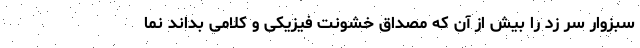
سبزوار سر زد را بیش از آن که مصداق خشونت فیزیکی و کلامی بداند نما